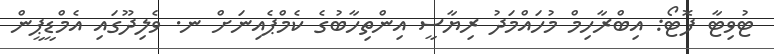
ޓުވިޓާ ފޮޓޯ: އިބްރާހިމް މުހައްމަދު ރިޔާސީ އިންތިހާބުގެ ކެމްޕެއިނަށް ނ. ވެލިދޫގައި އެމްޑީޕީން